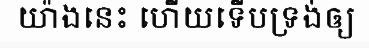
យ៉ាងនេះ ហើយទើបទ្រង់ឲ្យ